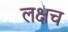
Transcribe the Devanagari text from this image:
लक्षच